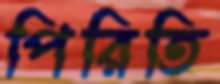
পিরিতি